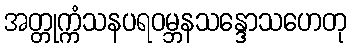
အတ္တုက္ကံသနပရဝမ္ဘနသန္ဒောသဟေတု